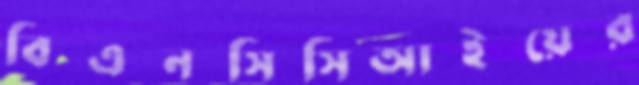
বিএনসিসিআইয়ের